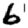
Digit: 6